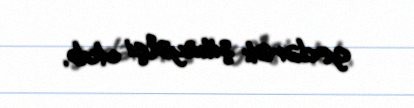
gedərək şikayətçi olub.